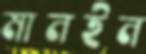
মানইন